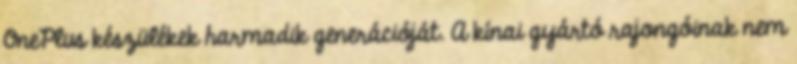
OnePlus készülékek harmadik generációját. A kínai gyártó rajongóinak nem